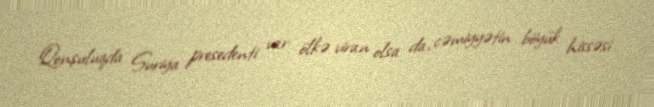
Qonşuluqda Suriya presedenti var: ölkə viran olsa da, cəmiyyətin böyük hissəsi